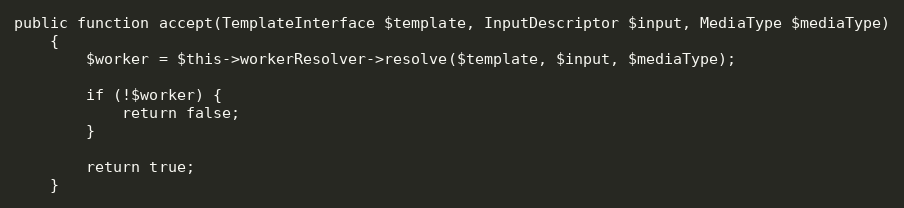
Language: PHP
public function accept(TemplateInterface $template, InputDescriptor $input, MediaType $mediaType)
    {
        $worker = $this->workerResolver->resolve($template, $input, $mediaType);

        if (!$worker) {
            return false;
        }

        return true;
    }